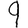
Digit: 9